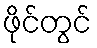
ဖိုင်တွင်